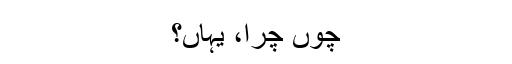
چوں چرا، یہاں؟